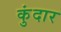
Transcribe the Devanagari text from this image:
कुंदार